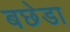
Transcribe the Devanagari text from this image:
बछेडा